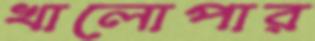
খালোপার